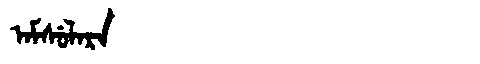
Manchu: ᠠᠮᠰᡠᠯᠠᡵᠠ
Romanization: AMSULARA